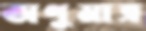
অণুমাত্র